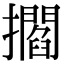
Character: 𢸴